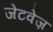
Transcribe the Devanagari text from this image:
जेटवेज़